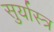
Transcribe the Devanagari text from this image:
सुर्यास्त्र